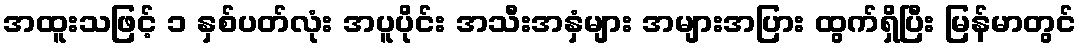
အထူးသဖြင့် ၁ နှစ်ပတ်လုံး အပူပိုင်း အသီးအနှံများ အများအပြား ထွက်ရှိပြီး မြန်မာတွင်